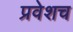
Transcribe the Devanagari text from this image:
प्रवेशच